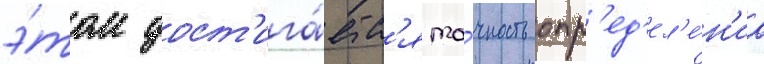
э́том дост'ига́етс'я то́чность опр'ед'ел'е́н'иа